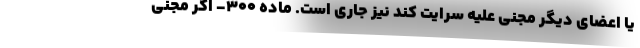
یا اعضای دیگر مجنی علیه سرایت کند نیز جاری است. ماده ۳۰۰- اگر مجنی